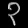
Digit: ၃